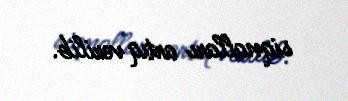
siqnalları artıq verilib.